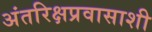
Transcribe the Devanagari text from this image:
अंतरिक्षप्रवासाशी